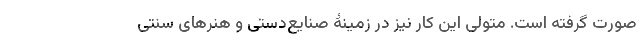
صورت گرفته است. متولی این کار نیز در زمینۀ صنایع‌دستی و هنرهای سنتی